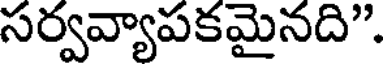
సర్వవ్యాపకమైనది".